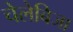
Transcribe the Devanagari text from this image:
चेलेबिजा